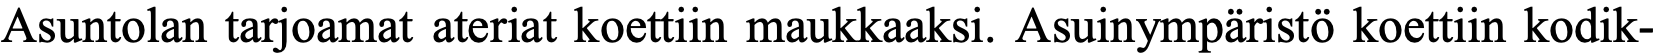
Asuntolan tarjoamat ateriat koettiin maukkaaksi. Asuinympäristö koettiin kodik-